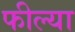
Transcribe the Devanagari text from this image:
फील्या